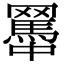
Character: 𦌱